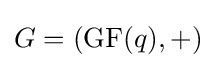
G=({\rm {GF}}(q),+)